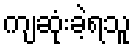
ကျဆုံးခဲ့ရသူ